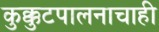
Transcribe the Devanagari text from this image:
कुक्कुटपालनाचाही